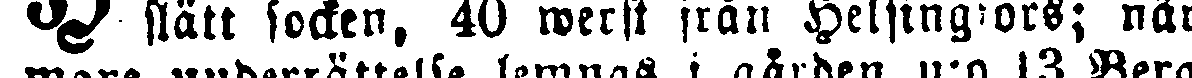
V slätt socken, 40 werst från Helsingfors; när-